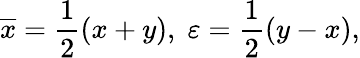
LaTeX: \overline{{{x}}}=\frac 12(x+y),\; \varepsilon=\frac 12(y-x),